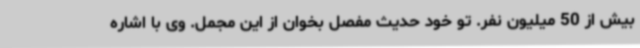
بیش از 50 میلیون نفر. تو خود حدیث مفصل بخوان از این مجمل. وی با اشاره